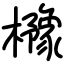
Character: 櫲